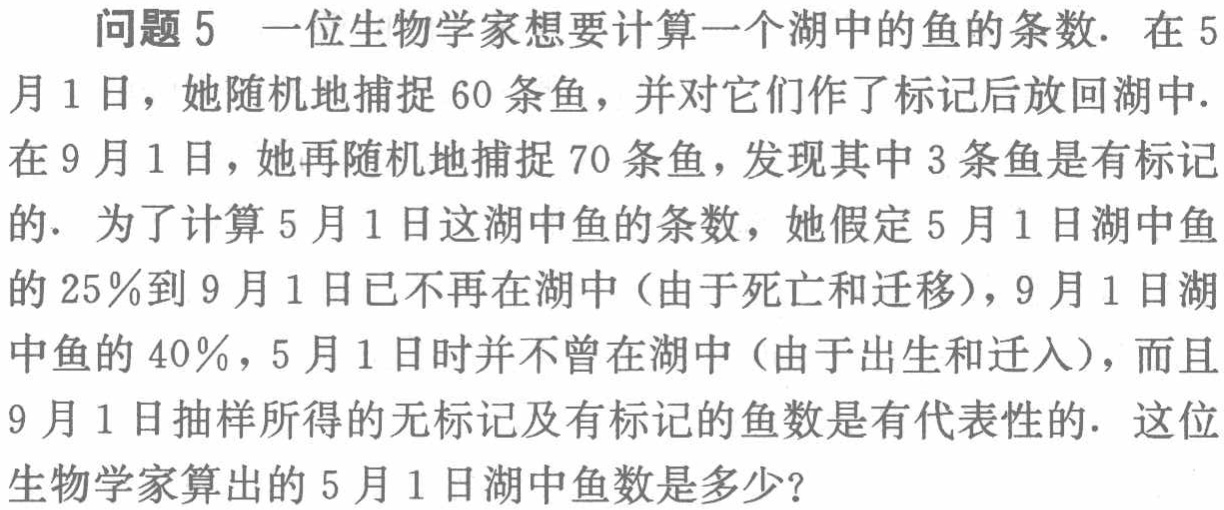
问题5 一位生物学家想要计算一个湖中的鱼的条数. 在5

月1日，她随机地捕捉60条鱼，并对它们作了标记后放回湖中.

在9月1日，她再随机地捕捉70条鱼，发现其中3条鱼是有标记

的. 为了计算5月1日这湖中鱼的条数，她假定5月1日湖中鱼

的25％到9月1日已不再在湖中（由于死亡和迁移），9月1日湖

中鱼的40％，5月1日时并不曾在湖中（由于出生和迁入），而且

9月1日抽样所得的无标记及有标记的鱼数是有代表性的. 这位

生物学家算出的5月1日湖中鱼数是多少？